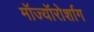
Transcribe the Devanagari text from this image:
मॉज्यॉरोर्शाग